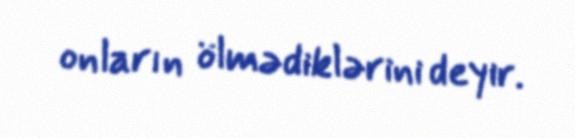
onların ölmədiklərini deyir.